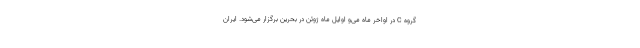
گروه C در اواخر ماه می‌و اوایل ماه ژوئن در بحرین برگزار می‌شود. ایران